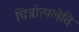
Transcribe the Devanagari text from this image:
चित्रोत्पलेति